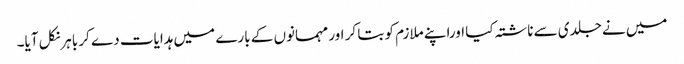
میں نے جلدی سے ناشتہ کیا اوراپنے ملازم کو بتا کر اور مہمانوں کے بارے میں ہدایات دے کر باہرنکل آیا۔